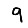
Digit: 9